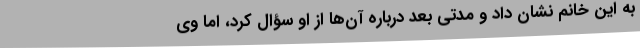
به این خانم نشان داد و مدتی بعد درباره آن‌ها از او سؤال کرد، اما وی